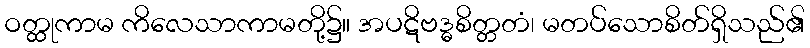
ဝတ္ထုကာမ ကိလေသာကာမတို့၌။ အပဋိဗဒ္ဓစိတ္တတံ၊ မတပ်သောစိတ်ရှိသည်၏